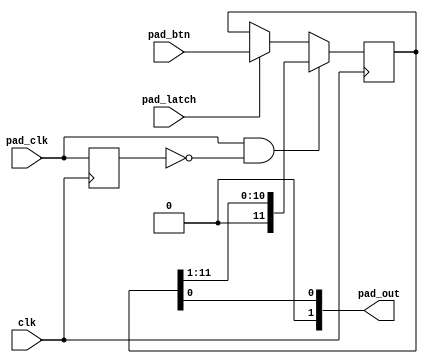
// mock_gamepad.v
//
// Copyright (C) 2020 Dan Rodrigues <danrr.gh.oss@gmail.com>
//
// SPDX-License-Identifier: MIT

`default_nettype none

module mock_gamepad(
    input clk,

    // Parallel button inputs
    
    input [11:0] pad_btn,

    // Serial control

    input pad_clk,
    input pad_latch,

    // Serial out

    output [1:0] pad_out
);
    reg pad_clk_r;
    reg [11:0] pad_shift;

    // P1 reading only for now
    assign pad_out[0] = pad_shift[0];
    assign pad_out[1] = 1'b0;

    always @(posedge clk) begin
        if (pad_latch) begin
            pad_shift <= pad_btn;
        end

        if (pad_clk && !pad_clk_r) begin
            pad_shift <= pad_shift >> 1;
        end

        pad_clk_r <= pad_clk;
    end

endmodule